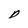
Character: D